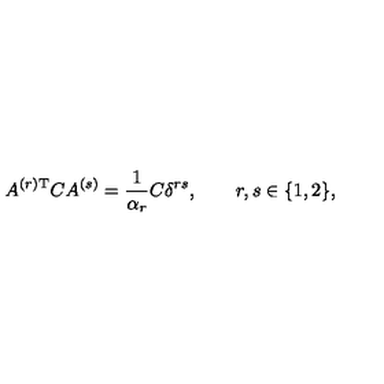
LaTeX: A ^ { ( r ) \mathrm { T } } C A ^ { ( s ) } = \frac { 1 } { \alpha _ { r } } C \delta ^ { r s } , \qquad r , s \in \{ 1 , 2 \} ,